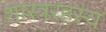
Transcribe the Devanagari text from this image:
शास्त्ररहस्य